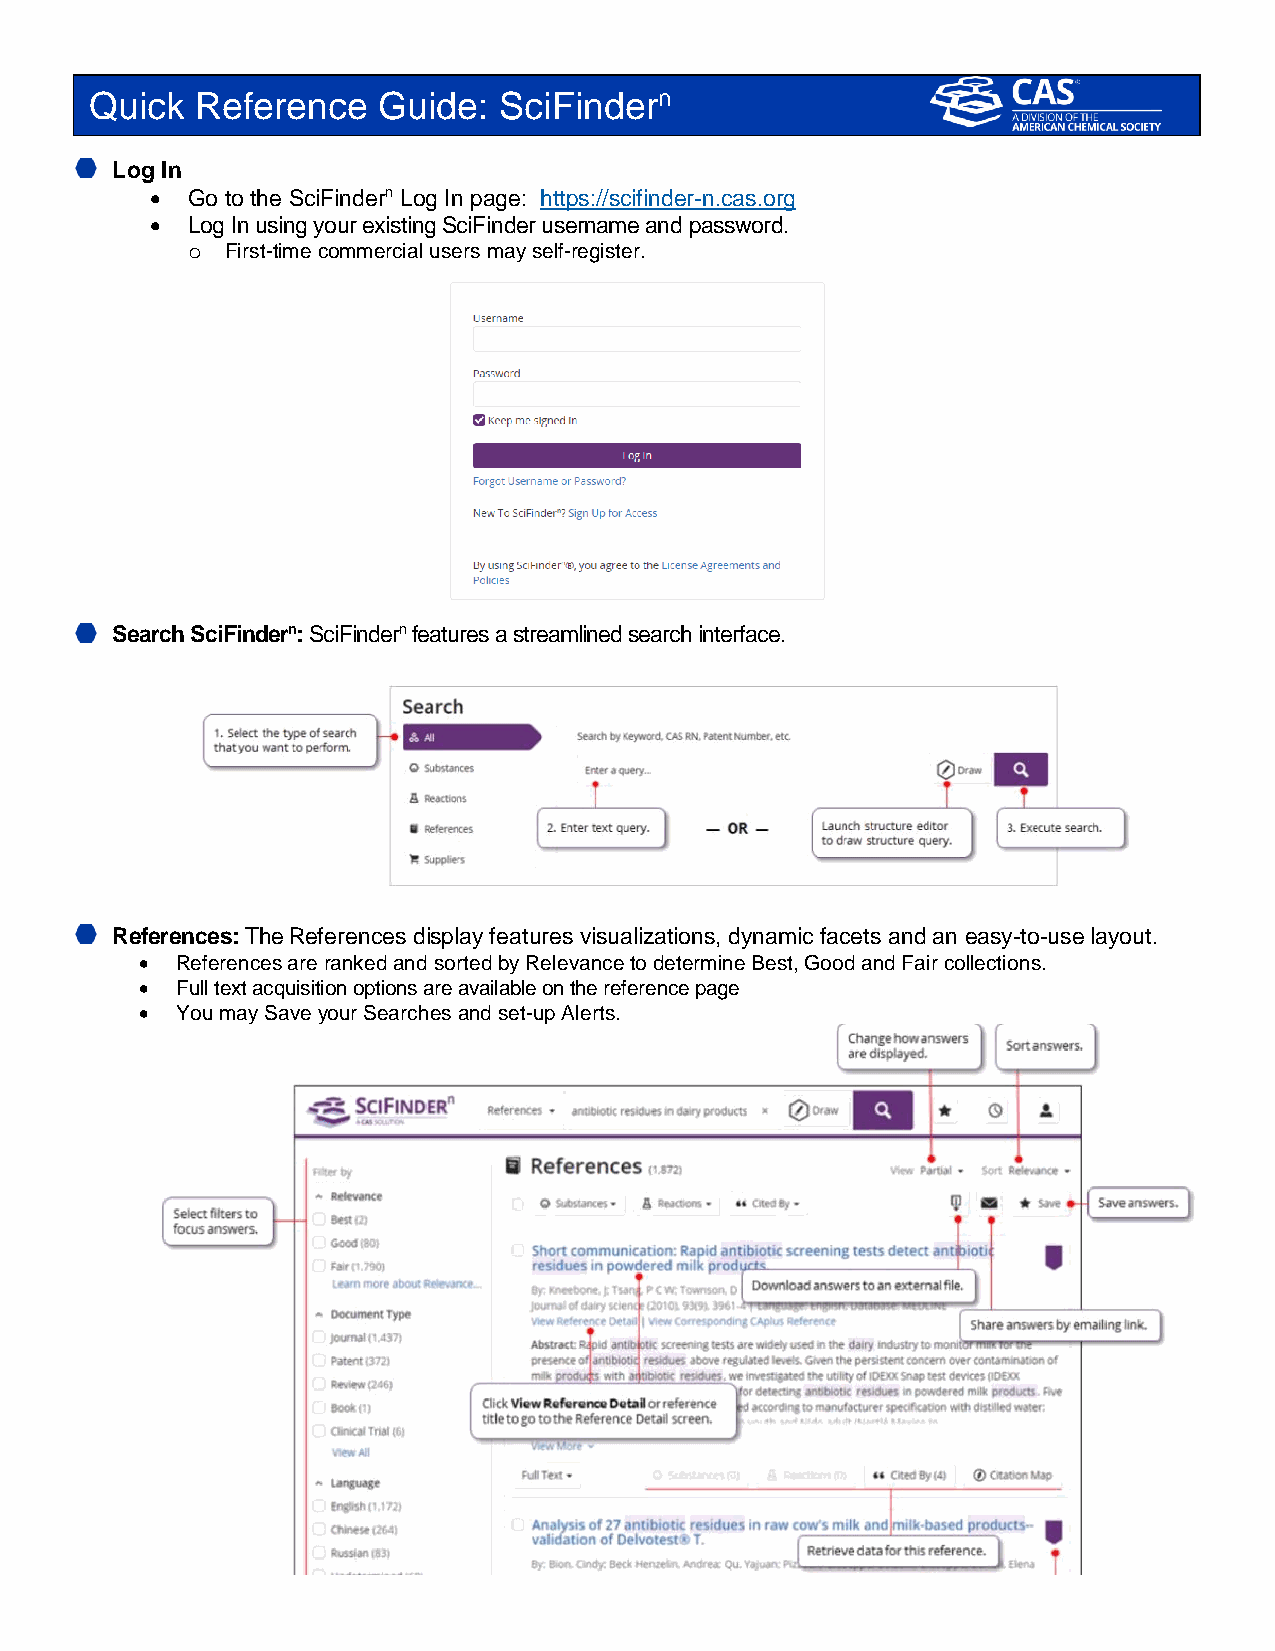
Quick  Reference   Guide:  SciFindern
 Log In
 • Go to the SciFindern Log In page: https://scifinder-n.cas.org
 • Log In using your existing SciFinder username and password.
 o  First-time commercial users may self-register.
 Search SciFindern: SciFindern features a streamlined search interface.
 References: The References display features visualizations, dynamic facets and an easy-to-use layout.
 •  References are ranked and sorted by Relevance to determine Best, Good and Fair collections.
 •  Full text acquisition options are available on the reference page
 •  You may Save your Searches and set-up Alerts.